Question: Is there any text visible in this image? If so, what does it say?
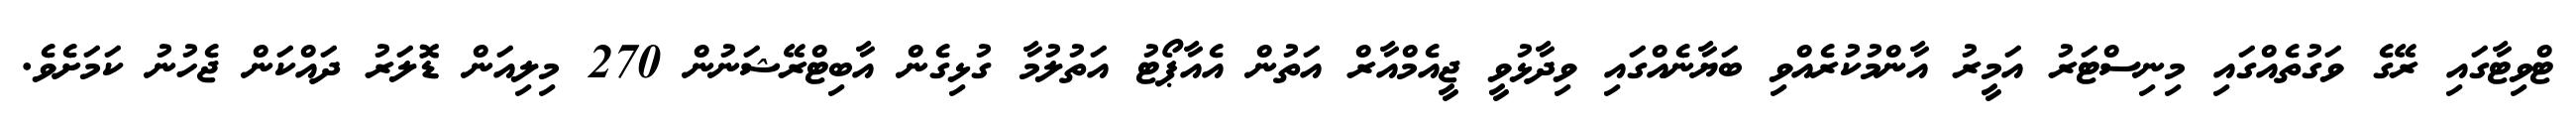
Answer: ޓްވިޓާގައި ރޭގެ ވަގުތެއްގައި މިނިސްޓަރު އަމީރު އާންމުކުރެއްވި ބަޔާނެއްގައި ވިދާޅުވީ ޖީއެމްއާރް އަތުން އެއާޕޯޓު އަތުލުމާ ގުޅިގެން އާބިޓްރޭޝަނުން 270 މިލިއަން ޑޮލަރު ދައްކަން ޖެހުނު ކަމަށެވެ.